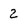
Character: 2